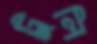
ট্রুলি